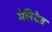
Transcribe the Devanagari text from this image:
मेरिटेड